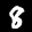
Label: 8